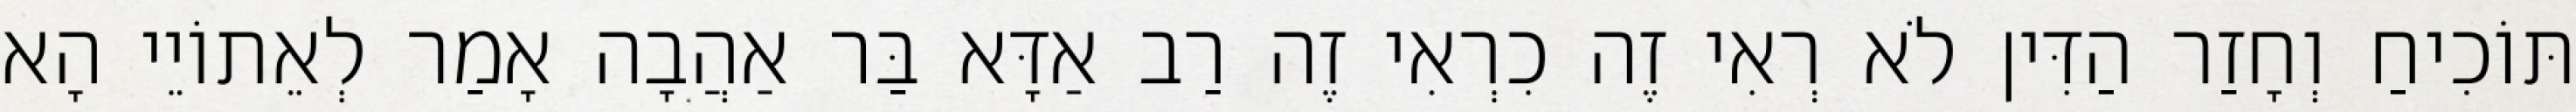
תּוֹכִיחַ וְחָזַר הַדִּין לֹא רְאִי זֶה כִרְאִי זֶה רַב אַדָּא בַּר אַהֲבָה אָמַר לְאֵתוֹיֵי הָא